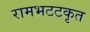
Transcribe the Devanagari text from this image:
रामभटटकृत